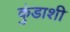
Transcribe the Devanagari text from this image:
कुंडाशी